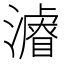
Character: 𱩦